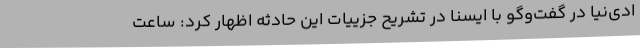
ادی‌نیا در گفت‌وگو با ایسنا در تشریح جزییات این حادثه اظهار کرد: ساعت